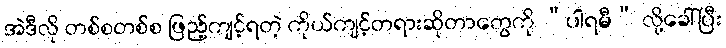
အဲဒီလို တစ်စတစ်စ ဖြည့်ကျင့်ရတဲ့ ကိုယ်ကျင့်တရားဆိုတာတွေကို “ပါရမီ” လို့ခေါ်ပြီး